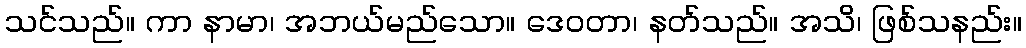
သင်သည်။ ကာ နာမာ၊ အဘယ်မည်သော။ ဒေဝတာ၊ နတ်သည်။ အသိ၊ ဖြစ်သနည်း။